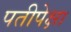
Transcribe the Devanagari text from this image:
पतीपेक्षा